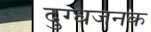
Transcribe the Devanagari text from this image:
दुग्धजनक